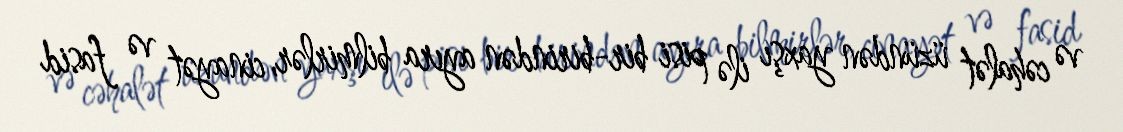
və cəhalət üzündən yaxşı ilə pisi bir-birindən ayıra bilmirlər, cinayət və fasid